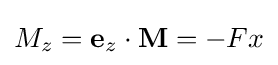
M_{z}=\mathbf {e} _{z}\cdot \mathbf {M} =-Fx